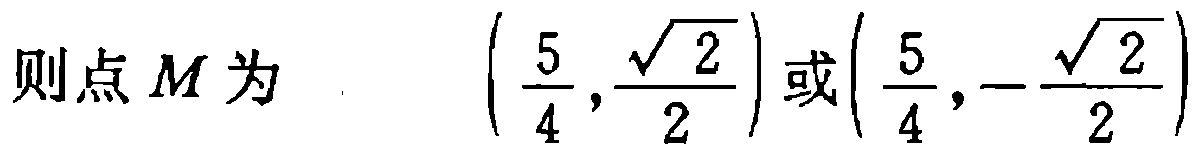
则点\(M\)为 \(\left(\frac{5}{4},\frac{\sqrt{2}}{2}\right)\)或\(\left(\frac{5}{4},-\frac{\sqrt{2}}{2}\right)\)